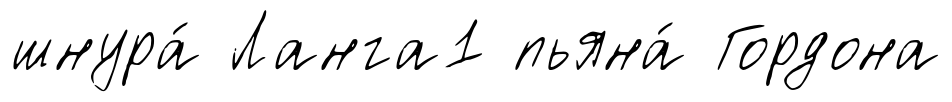
шнура́ Ланга1 пьяна́ Гордона